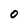
Character: 0